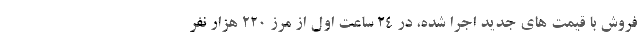
فروش با قیمت های جدید اجرا شده، در ۲۴ ساعت اول از مرز ۲۲۰ هزار نفر